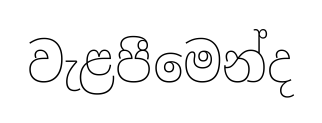
වැළපීමෙන්ද